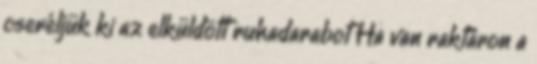
cseréljük ki az elküldött ruhadarabot Ha van raktáron a